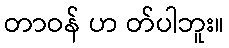
တာဝန် ဟ တ်ပါဘူး။